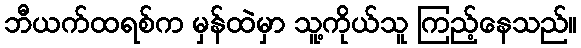
ဘီယက်ထရစ်က မှန်ထဲမှာ သူ့ကိုယ်သူ ကြည့်နေသည်။